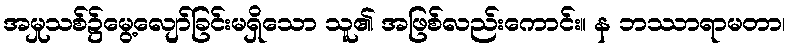
အမှုသစ်၌မွေ့လျော်ခြင်းမရှိသော သူ၏ အဖြစ်လည်းကောင်း။ န ဘဿာရာမတာ၊